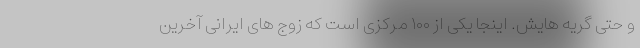
و حتی گریه هایش. اینجا یکی از ۱۰۰ مرکزی است که زوج های ایرانی آخرین